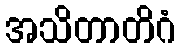
အသိတာတိဂံ